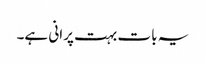
یہ بات بہت پرانی ہے۔